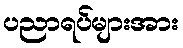
ပညာရပ်များအား